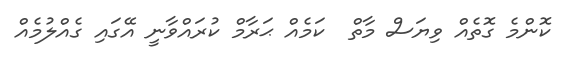
ކޮންމެ ގޮތެއް ވިޔަސް މާތް  ކަމެއް ޙަރާމް ކުރައްވާނީ އޭގައި ގެއްލުމެއް